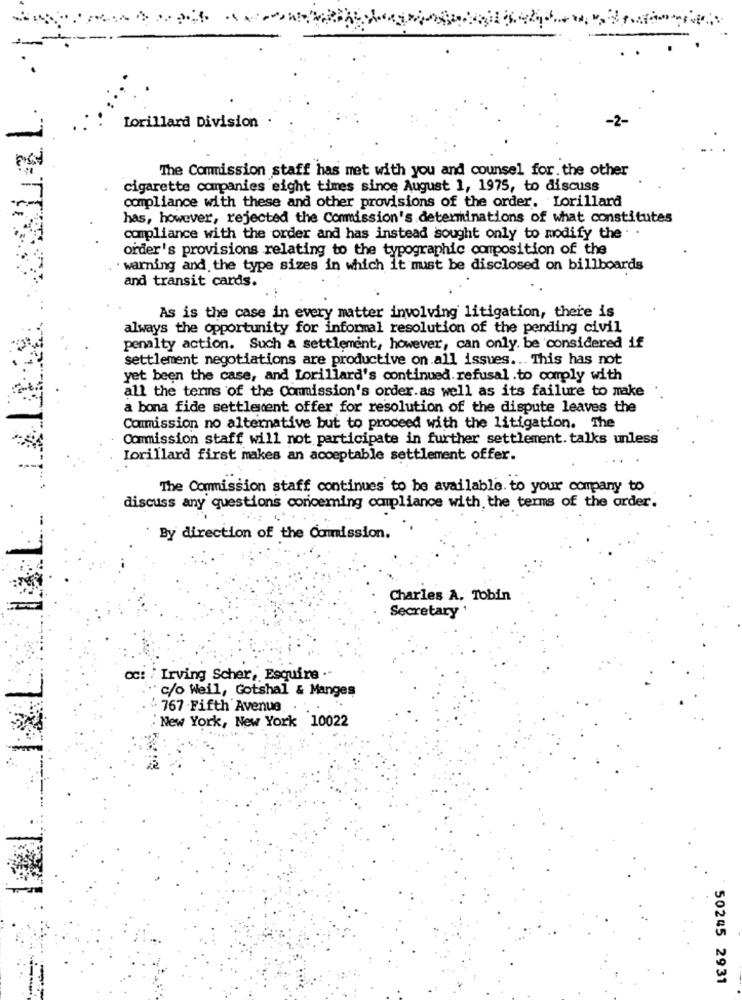
Lorillard Division
The Commission staff has met with you and counsel for. the other
cigarette companies eight times since August 1, 1975, to discuss
compliance with these and other provisions of the order. Lorillard
has, however, rejected the Commission's determinations of what constitutes
compliance with the order and has instead sought only to modify the .
order's provisions relating to the typographic composition of the
. warning and the type sizes in which it must be disclosed on billboards
and transit cards.
As is the case in every matter involving litigation, there is
always the opportunity for informal resolution of the pending civil
penalty action. Such a settlement, however, can only be considered if
settlement negotiations are productive on all issues ... This has not
yet been the case, and Lorillard's continued. refusal .to comply with
all the terms of the Commission's order.as well as its failure to make
a bona fide settlement offer for resolution of the dispute leaves the
Commission no alternative but to proceed with the litigation. The
Commission staff will not participate in further settlement. talks unless
Lorillard first makes an acceptable settlement offer.
The Commission staff continues to be available. to your company to
discuss any questions concerning compliance with the terms of the order.
By direction of the Commission.
Charles A. Tobin
Secretary
oc: / Irving Scher, Esquire .-
c/o Weil, Gotshal & Manges
767 -Fifth Avenue
New York, New York 10022
50245 2931